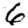
Digit: 6